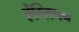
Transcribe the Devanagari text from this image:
ऐंग्लिगन